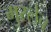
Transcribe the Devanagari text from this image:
मुरलेच